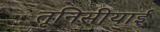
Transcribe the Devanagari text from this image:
तूनिसीयाई